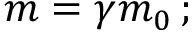
m = \gamma m _ { 0 } \, ;